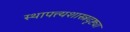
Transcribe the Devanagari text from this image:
स्थापत्त्यशास्त्रदृष्ट्या